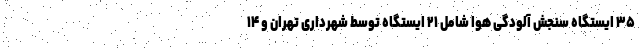
۳۵ ایستگاه سنجش آلودگی هوا شامل ۲۱ ایستگاه توسط شهرداری تهران و ۱۴